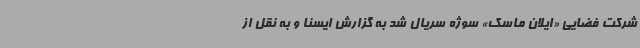
شرکت فضایی «ایلان ماسک» سوژه سریال شد به گزارش ایسنا و به نقل از